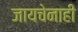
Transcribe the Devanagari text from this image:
जायचेनाही